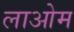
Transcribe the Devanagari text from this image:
लाओम